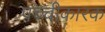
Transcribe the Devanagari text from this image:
पच्चीकारक